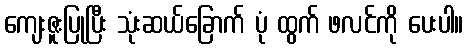
ကျေးဇူးပြုပြီး သုံးဆယ်ခြောက် ပုံ ထွက် ဖလင်ကို ပေးပါ။